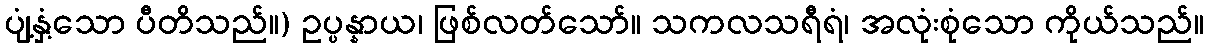
ပျံ့နှံ့သော ပီတိသည်။) ဥပ္ပန္နာယ၊ ဖြစ်လတ်သော်။ သကလသရီရံ၊ အလုံးစုံသော ကိုယ်သည်။